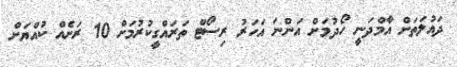
ދައުލަތަށް އާމްދަނީ ހޯދުމަށް އަންނަ އަހަރު ރިސޯޓް ތަރައްގީކުރުމަށް 10 ރަށެއް ކުއްޔަށް